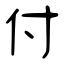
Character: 付